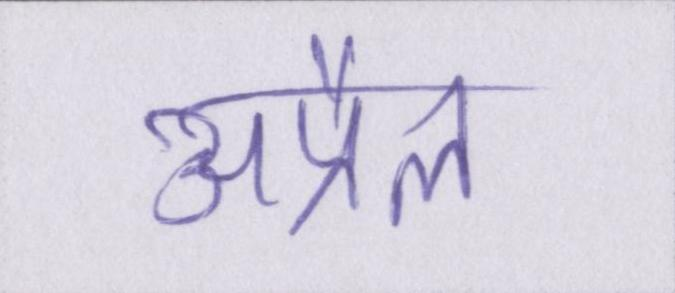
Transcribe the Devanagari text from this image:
अप्रैल